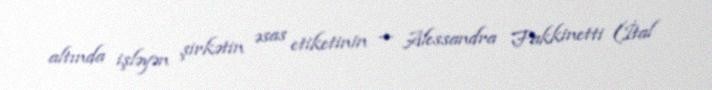
altında işləyən şirkətin əsas etiketinin — Alessandra Fakkinetti (İtal